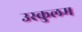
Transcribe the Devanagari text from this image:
उस्कुलम